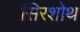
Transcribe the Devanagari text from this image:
सिरशोथ